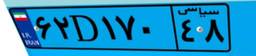
۳۳D۹۰۸۰۷